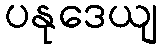
ပနုဒေယျ